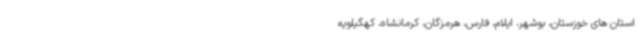
استان های خوزستان، بوشهر، ایلام، فارس، هرمزگان، کرمانشاه، کهگیلویه